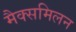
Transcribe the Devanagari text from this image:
मैक्समिलन